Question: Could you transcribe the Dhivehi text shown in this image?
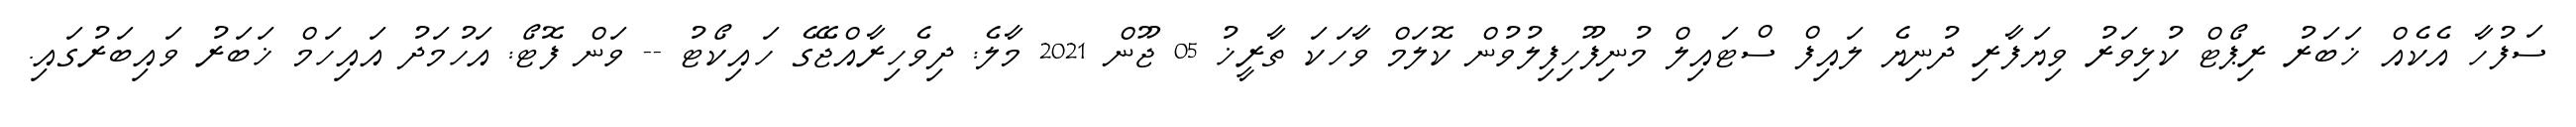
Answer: ސަފުހާ އެކެއް ޚަބަރު ރިޕޯޓް ކުޅިވަރު ވިޔަފާރި ދުނިޔެ ލައިފް ސްޓައިލް މުނިފޫހިފިލުވުން ކޮލަމް ވާހަކަ ތާރީޚު 05 ޖޫން 2021 މާލެ: ދިވެހިރާއްޖޭގެ ހައިކޯޓު -- ވަން ފޮޓޯ: އަހުމަދު އައިހަމް ޚަބަރު ވައިބަރުގައި.